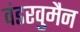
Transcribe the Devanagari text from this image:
वंडरवुमैन